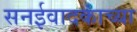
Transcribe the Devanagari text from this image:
सनईवादकांच्या